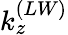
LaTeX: k_{z}^{(LW)}